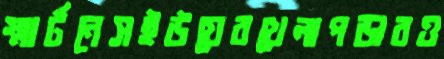
স্মার্টনেসইউয়েরখেলাপড়ারও